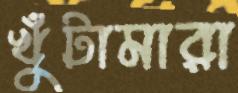
খুঁটামারা